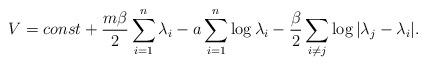
LaTeX: \begin{align*}V = const + \frac{m\beta}{2} \sum_{i = 1}^n \lambda_i - a \sum_{i = 1}^n\log \lambda_i - \frac{\beta}{2}\sum_{i \ne j}{\log| \lambda_j - \lambda_i|}.\end{align*}